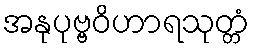
အနုပုဗ္ဗဝိဟာရသုတ္တံ